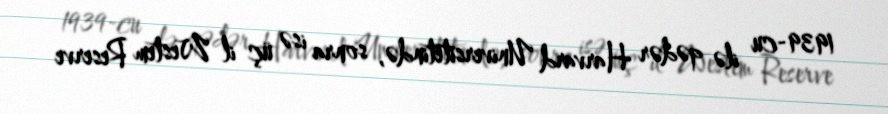
1939-cu ilə qədər Harvard Universitetində, sonra isə üç il Westem Reserve